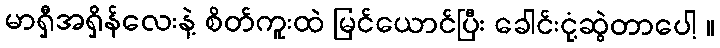
မာရှီအရှိန်လေးနဲ့ စိတ်ကူးထဲ မြင်ယောင်ပြီး ခေါင်းငုံ့ဆွဲတာပေါ့ ။